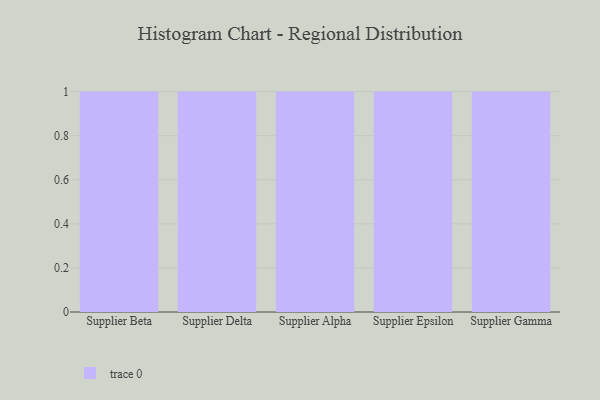
{"axis": {"x": "Supplier", "y": "Demand Index"}, "legend": [""], "data": [{"x": "Supplier Beta", "y": 55, "type": ""}, {"x": "Supplier Delta", "y": 25, "type": ""}, {"x": "Supplier Alpha", "y": 22, "type": ""}, {"x": "Supplier Epsilon", "y": 38, "type": ""}, {"x": "Supplier Gamma", "y": 76, "type": ""}]}